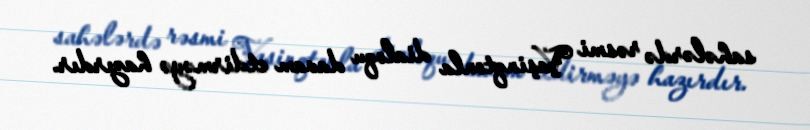
sahələrdə rəsmi Vaşinqtonla dialoqu davam etdirməyə hazırdır.